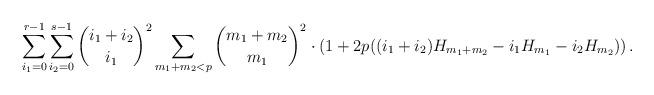
LaTeX: \begin{align*}&\sum_{i_1=0}^{r-1}\sum_{i_2=0}^{s-1}\binom{i_1+i_2}{i_1}^2\sum_{m_1+m_2<p}\binom{m_1+m_2}{m_1}^2\cdot\left(1+2p((i_1+i_2)H_{m_1+m_2}-i_1H_{m_1}-i_2H_{m_2})\right).\end{align*}